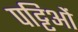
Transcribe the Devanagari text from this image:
पट्टिओं